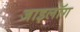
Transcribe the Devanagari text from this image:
जाइलॉग